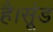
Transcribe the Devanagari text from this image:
है।सूंड